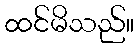
ထင်မိသည်။